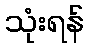
သုံးရန်